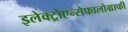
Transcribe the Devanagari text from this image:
इलेक्ट्रोएन्सेफालोग्राफी